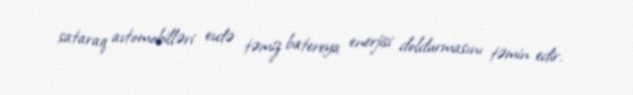
sataraq avtomobilləri evdə təmiz batereya enerjisi doldurmasını təmin edir.